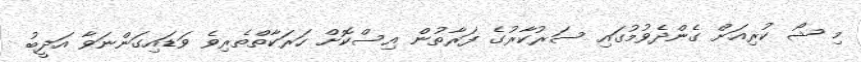
މި ޝޯ ކުރިއަށް ގެންދެވުމުގައި ސަރުކާރުގެ ފަރާތުން އިސްކޮށް ހަރަކާތްތެރިވެ ވަޑައިގަންނަވާ އަދީބު